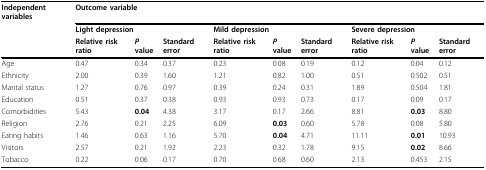
| Independent variables | <COLSPAN=9> Outcome variable |
 |  | <COLSPAN=3> Light depression | <COLSPAN=3> Mild depression | <COLSPAN=3> Severe depression |
 |  | Relative risk ratio | P value | Standard error | Relative risk ratio | P value | Standard error | Relative risk ratio | P value | Standard error |
 | --- | --- | --- | --- | --- | --- | --- | --- | --- | --- |
 | Age | 0.47 | 0.34 | 0.37 | 0.23 | 0.08 | 0.19 | 0.12 | 0.04 | 0.12 |
 | Ethnicity | 2.00 | 0.39 | 1.60 | 1.21 | 0.82 | 1.00 | 0.51 | 0.502 | 0.51 |
 | Marital status | 1.27 | 0.76 | 0.97 | 0.39 | 0.24 | 0.31 | 1.89 | 0.504 | 1.81 |
 | Education | 0.51 | 0.37 | 0.38 | 0.93 | 0.93 | 0.73 | 0.17 | 0.09 | 0.17 |
 | Comorbidities | 5.43 | 0.04 | 4.38 | 3.17 | 0.17 | 2.66 | 8.81 | 0.03 | 8.80 |
 | Religion | 2.76 | 0.21 | 2.25 | 6.09 | 0.03 | 0.60 | 5.78 | 0.08 | 5.80 |
 | Eating habits | 1.46 | 0.63 | 1.16 | 5.70 | 0.04 | 4.71 | 11.11 | 0.01 | 10.93 |
 | Visitors | 2.57 | 0.21 | 1.92 | 2.23 | 0.32 | 1.78 | 9.15 | 0.02 | 8.66 |
 | Tobacco | 0.22 | 0.06 | 0.17 | 0.70 | 0.68 | 0.60 | 2.13 | 0.453 | 2.15 |